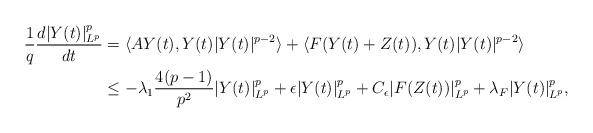
LaTeX: \begin{align*}\frac{1}{q}\frac{d|Y(t)|_{L^p}^p}{dt}&=\langle AY(t),Y(t)|Y(t)|^{p-2}\rangle+\langle F(Y(t)+Z(t)),Y(t)|Y(t)|^{p-2}\rangle\\&\le -\lambda_1\frac{4(p-1)}{p^2}|Y(t)|_{L^p}^p+\epsilon|Y(t)|_{L^p}^p+C_\epsilon|F(Z(t))|_{L^p}^p+\lambda_F|Y(t)|_{L^p}^p,\end{align*}